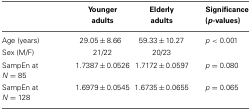
<table><thead><tr><td></td><td><b>Younger adults</b></td><td><b>Elderly adults</b></td><td><b>Significance (<i>p</i>-values)</b></td></tr></thead><tbody><tr><td>Age (years)</td><td>29.05 ± 8.66</td><td>59.33 ± 10.27</td><td><i>p</i> &lt; 0.001</td></tr><tr><td>Sex (M/F)</td><td>21/22</td><td>20/23</td><td></td></tr><tr><td>SampEn at <i>N</i> = 85</td><td>1.7387 ± 0.0526</td><td>1.7172 ± 0.0597</td><td><i>p</i> = 0.080</td></tr><tr><td>SampEn at <i>N</i> = 128</td><td>1.6979 ± 0.0545</td><td>1.6735 ± 0.0655</td><td><i>p</i> = 0.065</td></tr></tbody></table>